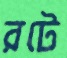
রটে